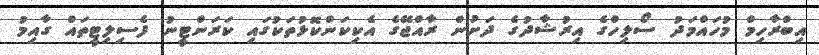
އިބްރާހިމް މުހައްމަދު ސޯލިހްގެ އިރުޝާދުގެ ދަށުން ރާއްޖޭގެ އެކިކަންކޮޅުތަކުގައި ކަރަންޓީނު ފެސިލިޓީތައް ގާއިމު